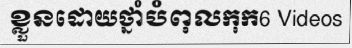
ខ្លួនដោយថ្នាំបំពុលកុក6 Videos